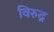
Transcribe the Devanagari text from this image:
विरुद्र